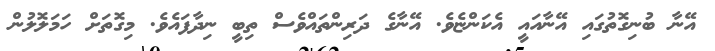
އޭނާ ބުނިގޮތުގައި އޭނާއައީ އެކަންޏެވެ. އޭނާގެ ދަރިންތައްވެސް ތިބީ ނިދާފައެވެ. މިގޮތަށް ހަމަލޮލުން